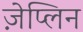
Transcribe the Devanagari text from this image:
ज़ेप्लिन